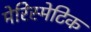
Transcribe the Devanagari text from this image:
मेरिस्मेटिक